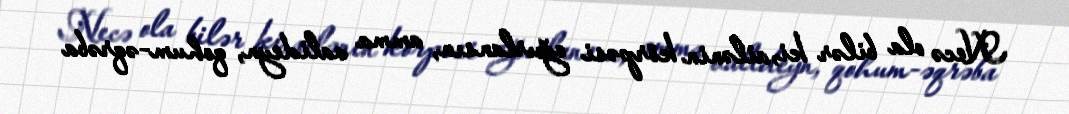
Necə ola bilər ki, ailənin körpəsi oğurlansın, amma valideyn, qohum-əqrəba